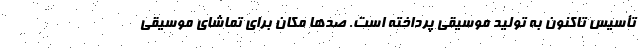
تأسیس تاکنون به تولید موسیقی پرداخته است. صدها مکان برای تماشای موسیقی